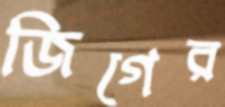
জিগের